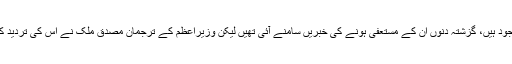
وزیر خزانہ اسحاق ڈار گزشتہ کئی دنوں سے لندن میں موجود ہیں، گزشتہ دنوں ان کے مستعفی ہونے کی خبریں سامنے آئی تھیں لیکن وزیراعظم کے ترجمان مصدق ملک نے اس کی تردید کرتے ہوئے کہا تھا کہ اسحاق ڈار بدستور وزیر خزانہ ہیں۔